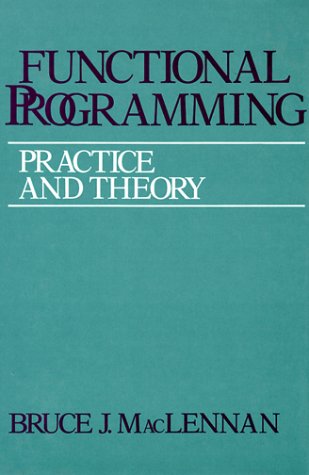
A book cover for Functional Programming: Practice and Theory; Bruce J. Maclennan; Computers & Technology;